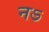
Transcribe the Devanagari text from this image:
नऽ